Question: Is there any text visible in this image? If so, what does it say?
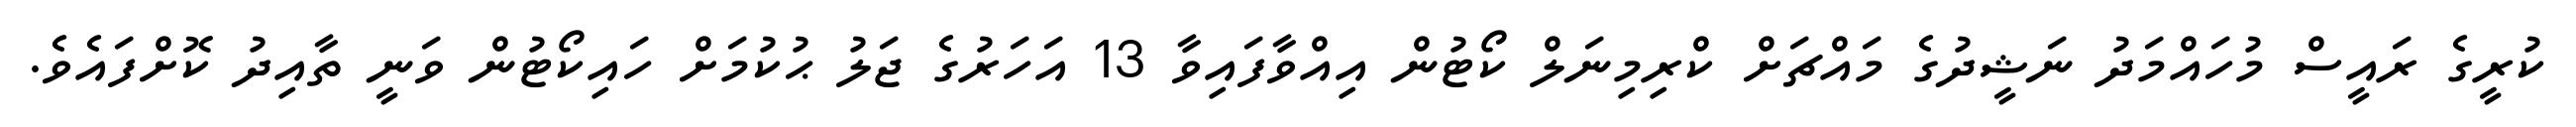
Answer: ކުރީގެ ރައީސް މުހައްމަދު ނަޝީދުގެ މައްޗަށް ކްރިމިނަލް ކޯޓުން އިއްވާފައިވާ 13 އަހަރުގެ ޖަލު ޙުކުމަށް ހައިކޯޓުން ވަނީ ތާއިދު ކޮށްފައެވެ.